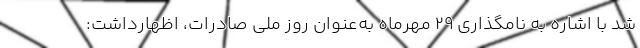
شد با اشاره به نامگذاری ۲۹ مهرماه به‌عنوان روز ملی صادرات، اظهارداشت: